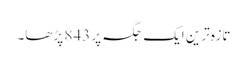
تازہ ترین ایک جگہ پر 843 پڑھا۔